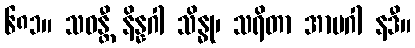
၆၈၁။ သဝန္တီ နိန္နဂါ သိန္ဓု၊ သရိတာ အာပဂါ နဒီ။